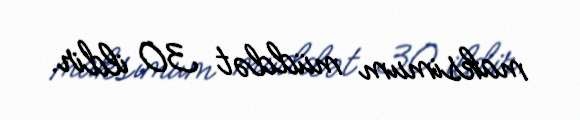
maksimum müddət 30 ildir.